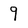
Character: 9